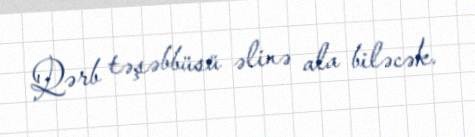
Qərb təşəbbüsü əlinə ala biləcək.